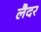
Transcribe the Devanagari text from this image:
लैदर